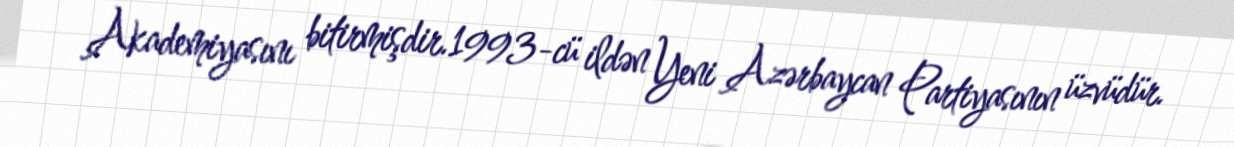
Akademiyasını bitirmişdir.1993-cü ildən Yeni Azərbaycan Partiyasının üzvüdür.